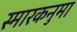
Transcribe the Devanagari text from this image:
स्मारकनुमा